Civil Veterinary Department. United Provinces 1912-22 - 1912-1922
Year: 1912
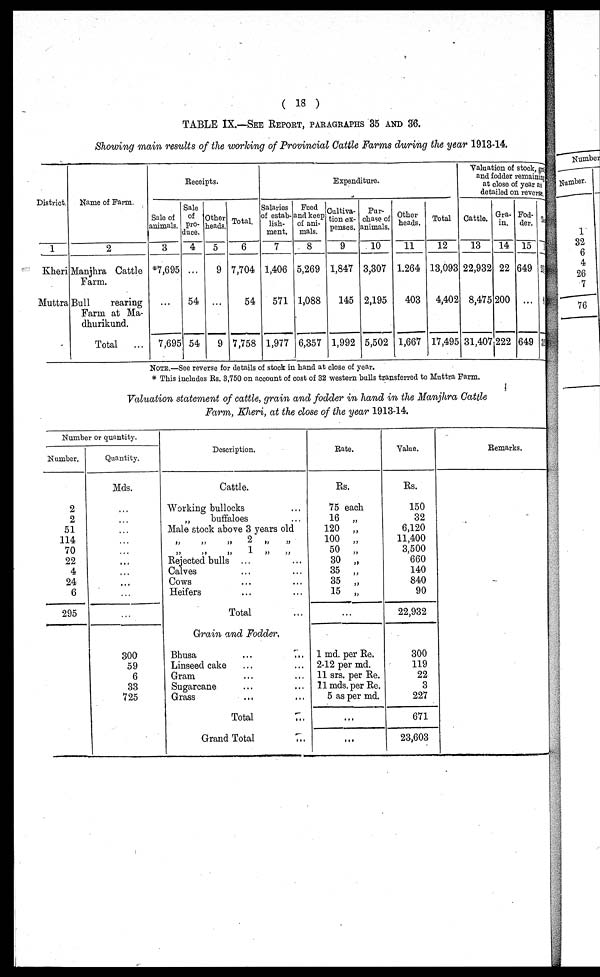
(18)
TABLE IX.—SEE REPORT, PARAGRAPHS 35 AND 36.
Showing main results of the working of Provincial Cattle Farms during the year 1913-14.
District.
1
Kheri
Muttra
Name of Farm.
2
Manjhra Cattle
Farm.
Bull
rearing
Farm at Ma-
dhurikund.
Total ...
Receipts
Sale of
animals.
3
*7,695
...
7,695
Sale
of
pro-
duce.
4
...
54
54
Other
heads.
5
9
...
9
Total.
6
7,704
54
7,758
Expenditures
Salaries
of estab-
lish-
ment.
7
1,406
571
1,977
Feed
and keep
of ani-
mals.
8
5,269
1,088
6,357
Cultiva-
tion ex-
penses.
9
1,847
145
1,992
Pur-
chase of
animals.
10
3,307
2,195
5,502
Other
heads.
11
1,264
403
1,667
Total
12
13,093
4,402
17,495
Valuation of stock, grain,
and fodder remaining
at close of year as
detailed on reverse.
Cattle.
13
22,932
8,475
31,407
Gra-
in.
14
22
200
222
Fod-
der.
15
649
...
649
Total
16
23
33
NOTE.—See reverse for details of stock in hand at close of year.
* This includes Rs. 3,750 on account of cost of 32 western bulls transferred to Muttra Farm.
Valuation statement of cattle, grain and fodder in hand in the Manjhra Cattle
Farm, Kheri, at the close of the year 1913-14.
Number or quantity.
Number.
2
2
51
114
70
22
4
24
6
295
Quantity.
Mds.
...
...
...
...
...
...
...
...
...
...
300
59
6
33
725
Description.
Cattle.
Working bullocks ...
„
buffaloes ...
Male stock above 3 years old
„ „ „ 2 „ „
„ „ „ 1 „ „
Rejected bulls ... ...
Calves ... ...
Cows ... ...
Heifers ... ...
Total ...
Grain and Fodder,
Bhusa ... ...
Linseed cake ... ...
Gram ... ...
Sugarcane ... ...
Grass ... ...
Total ...
Grand Total ...
Rate.
Rs.
75 each
16 „
120 „
100 „
50 „
30 „
35 „
35 „
15 „
...
1 md. per Re.
2-12 per md.
11 srs. per Re.
11 mds. per Re.
5 as per md.
...
...
Value.
Rs.
150
32
6,120
11,400
3,500
660
140
840
90
22,932
300
119
22
3
227
671
23,603
Remarks.